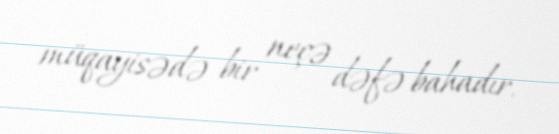
müqayisədə bir neçə dəfə bahadır.